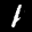
Label: 1